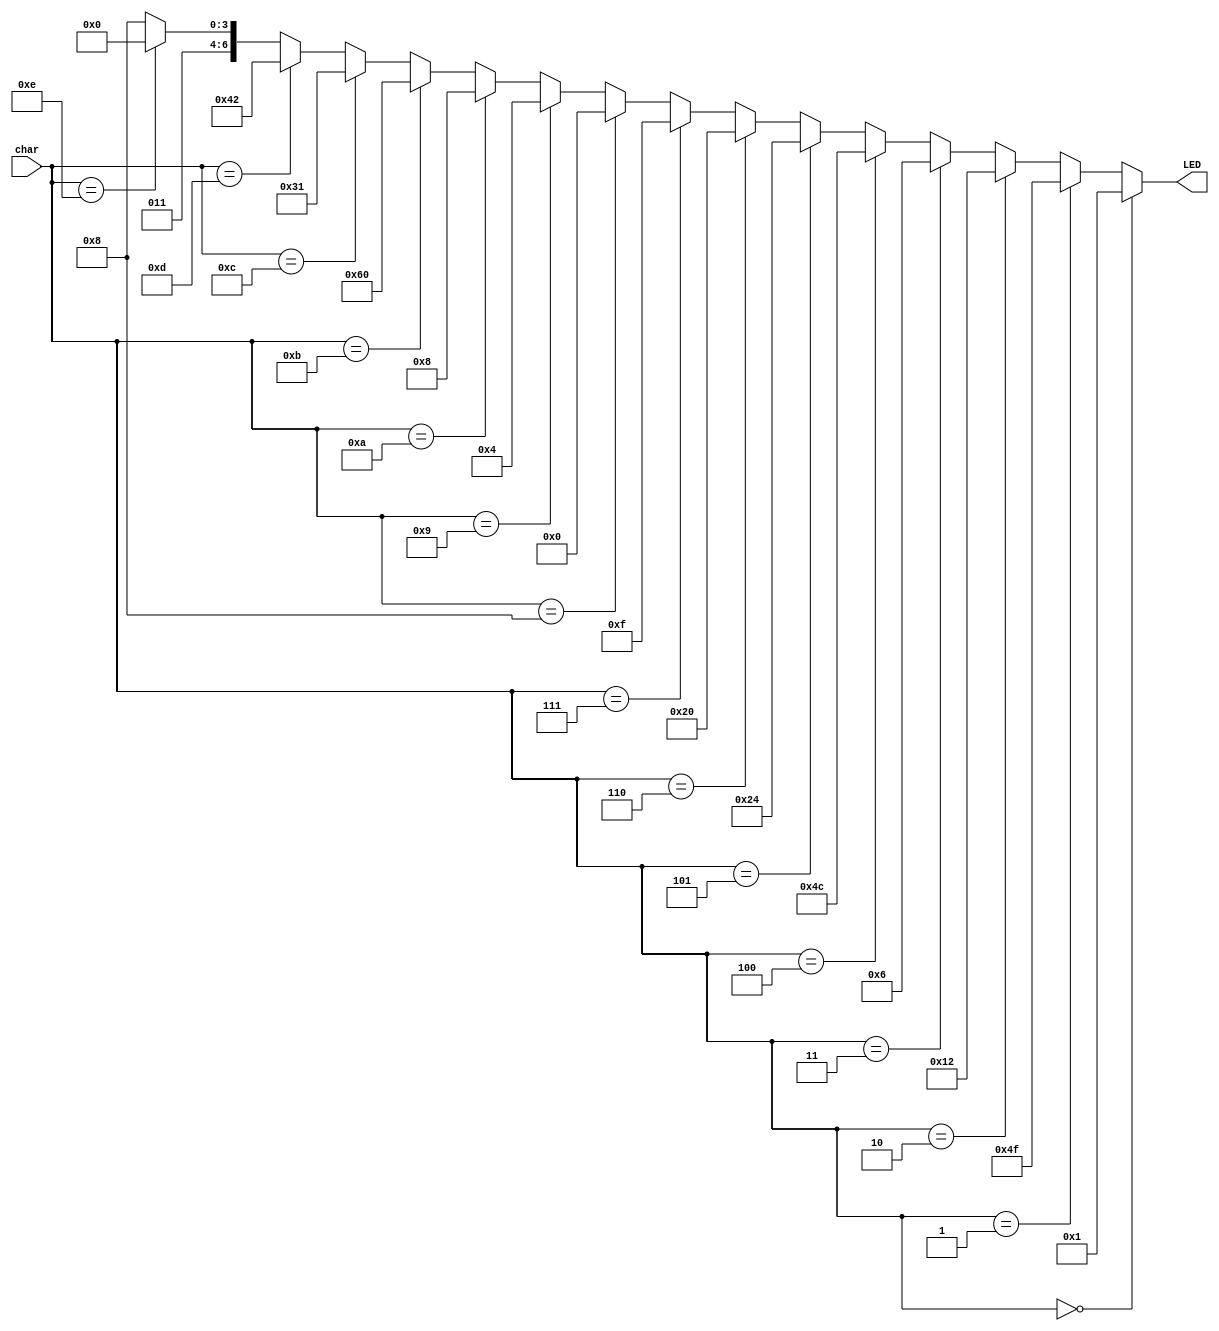
`timescale 1ns / 1ps
//////////////////////////////////////////////////////////////////////////////////
// Company: 
// 
// Design Name: 
// Module Name:    LEDdecoder 
// Project Name: 
// Target Devices: 
// Tool versions: 
// Description: 
//
// Dependencies: 
//
// Revision: 
// Revision 0.01 - File Created
// Additional Comments: 
//
//////////////////////////////////////////////////////////////////////////////////
module LEDdecoder(char, LED);
input [3:0] char;
output [6:0] LED;

reg [6:0] LED;

always @(char)
begin 
	if (char == 4'b0000)//binary zero match 0
	begin
		LED = 7'b0000001;
	end
	else if (char == 4'b0001)//binary one match 1
	begin 
		LED = 7'b1001111;
	end
	else if (char == 4'b0010)//binary two match 2
	begin 
		LED = 7'b0010010;
	end
	else if (char == 4'b0011)//binary three match 3
	begin 
		LED = 7'b0000110;
	end
	else if (char == 4'b0100)//binary four match 4
	begin 
		LED = 7'b1001100;
	end
	else if (char == 4'b0101)//binary five match 5
	begin 
		LED = 7'b0100100;
	end
	else if (char == 4'b0110)//binary six match 6
	begin 
		LED = 7'b0100000;
	end
	else if (char == 4'b0111)//binary seven match 7
	begin 
		LED = 7'b0001111;
	end
	else if (char == 4'b1000)//binary eight match 8
	begin 
		LED = 7'b0000000;
	end
	else if (char == 4'b1001)//binary nine match 9
	begin 
		LED = 7'b0000100;
	end
	else if (char == 4'b1010)//binary ten match A
	begin 
		LED = 7'b0001000;
	end
	else if (char == 4'b1011)//binary eleven match b
	begin 
		LED = 7'b1100000;
	end
	else if (char == 4'b1100)//binary twelve match C
	begin 
		LED = 7'b0110001;
	end
	else if (char == 4'b1101)//binary thirteen match d
	begin 
		LED = 7'b1000010;
	end
	else if (char == 4'b1110)//binary fourteen match E
	begin 
		LED = 7'b0110000;
	end
	else//binary fifteen match F
	begin 
		LED = 7'b0111000;
	end
end


endmodule